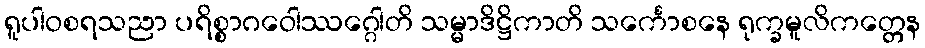
ရူပါဝစရသညာ ပရိစ္စာဂဝေါဿဂ္ဂေါတိ သမ္မာဒိဋ္ဌိကာတိ သင်္ကောစနေ ရုက္ခမူလိကတ္တေန